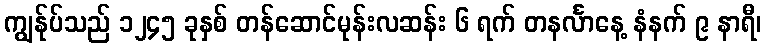
ကျွန်ုပ်သည် ၁၂၄၅ ခုနှစ် တန်ဆောင်မုန်းလဆန်း ၆ ရက် တနင်္လာနေ့ နံနက် ၉ နာရီ၊